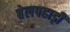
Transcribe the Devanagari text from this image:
बेलपहाड़ी